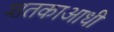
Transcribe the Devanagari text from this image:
शतकाआधी